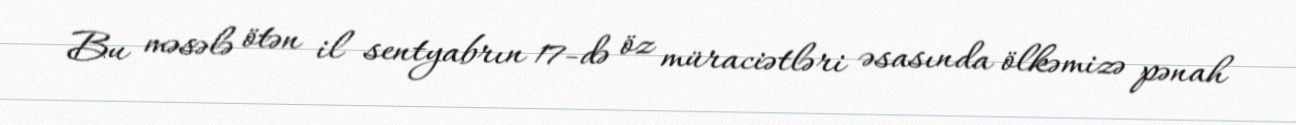
Bu məsələ ötən il sentyabrın 17-də öz müraciətləri əsasında ölkəmizə pənah